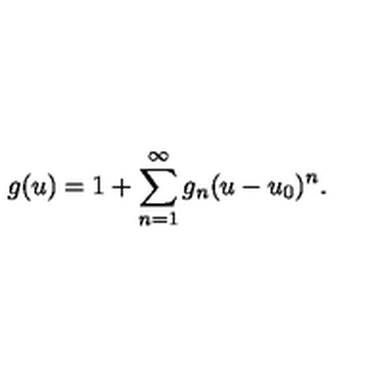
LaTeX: g ( u ) = 1 + \sum _ { n = 1 } ^ { \infty } g _ { n } ( u - u _ { 0 } ) ^ { n } .